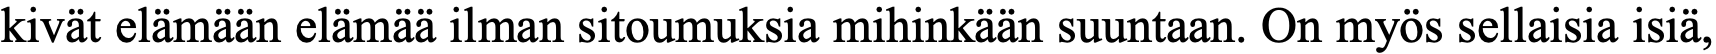
kivät elämään elämää ilman sitoumuksia mihinkään suuntaan. On myös sellaisia isiä,